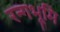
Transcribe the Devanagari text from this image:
रन्गभूमि